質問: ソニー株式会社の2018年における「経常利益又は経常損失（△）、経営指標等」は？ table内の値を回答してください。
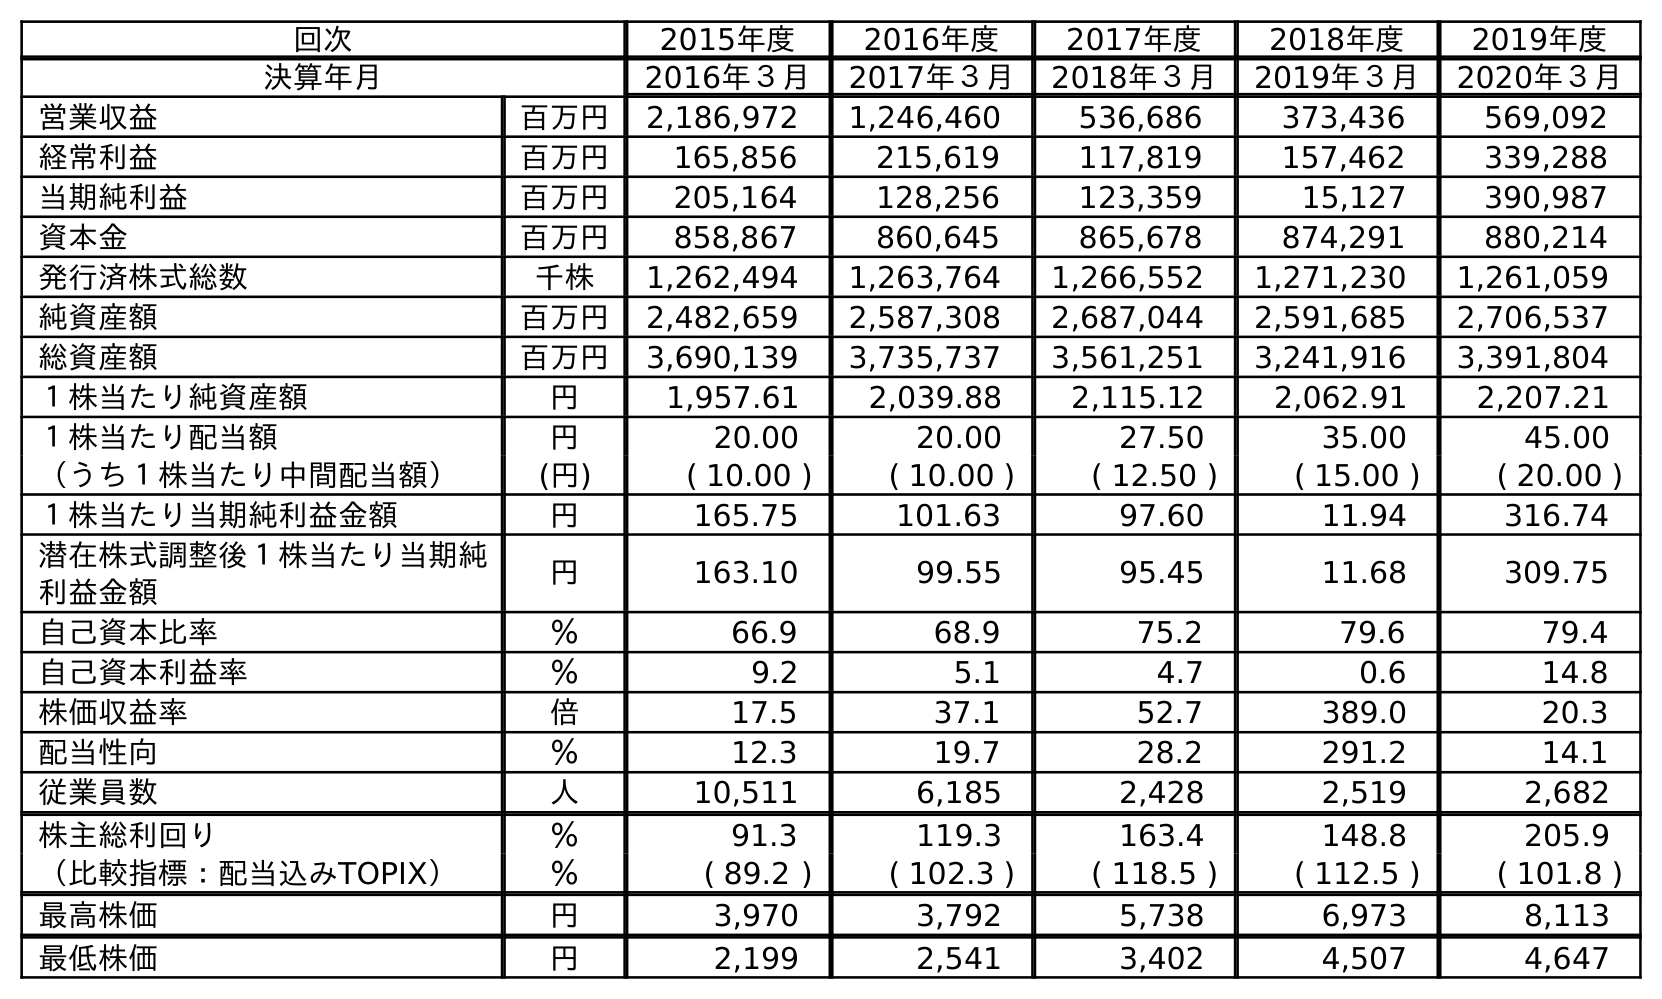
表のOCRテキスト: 回次 2015年度 2016年度 2017年度 2018年度 2019年度 決算年月 2016年３月 2017年３月 2018年３月 2019年３月 2020年３月 営業収益 百万円 2,186,972 1,246,460 536,686 373,436 569,092 経常利益 百万円 165,856 215,619 117,819 157,462 339,288 当期純利益 百万円 205,164 128,256 123,359 15,127 390,987 資本金 百万円 858,867 860,645 865,678 874,291 880,214 発行済株式総数 千株 1,262,494 1,263,764 1,266,552 1,271,230 1,261,059 純資産額 百万円 2,482,659 2,587,308 2,687,044 2,591,685 2,706,537 総資産額 百万円 3,690,139 3,735,737 3,561,251 3,241,916 3,391,804 １株当たり純資産額 円 1,957.61 2,039.88 2,115.12 2,062.91 2,207.21 １株当たり配当額 円 20.00 20.00 27.50 35.00 45.00 （うち１株当たり中間配当額） (円) ( 10.00 ) ( 10.00 ) ( 12.50 ) ( 15.00 ) ( 20.00 ) １株当たり当期純利益金額 円 165.75 101.63 97.60 11.94 316.74 潜在株式調整後１株当たり当期純 利益金額 円 163.10 99.55 95.45 11.68 309.75 自己資本比率 ％ 66.9 68.9 75.2 79.6 79.4 自己資本利益率 ％ 9.2 5.1 4.7 0.6 14.8 株価収益率 倍 17.5 37.1 52.7 389.0 20.3 配当性向 ％ 12.3 19.7 28.2 291.2 14.1 従業員数 人 10,511 6,185 2,428 2,519 2,682 株主総利回り ％ 91.3 119.3 163.4 148.8 205.9 （比較指標：配当込みTOPIX） ％ ( 89.2 ) ( 102.3 ) ( 118.5 ) ( 112.5 ) ( 101.8 ) 最高株価 円 3,970 3,792 5,738 6,973 8,113 最低株価 円 2,199 2,541 3,402 4,507 4,647
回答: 117,819